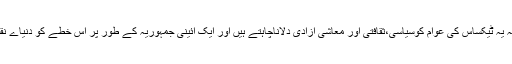
اس تحریک کا مشن ہے کہ یہ ٹیکساس کی عوام کوسیاسی،ثقافتی اور معاشی آزادی دلاناچاہتے ہیں اور ایک آئینی جمہوریہ کے طور پر اس خطے کو دنیاے نقشے پر دیکھناچاہتے ہیں ۔